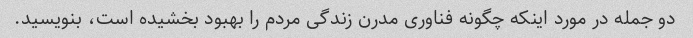
دو جمله در مورد اینکه چگونه فناوری مدرن زندگی مردم را بهبود بخشیده است، بنویسید.